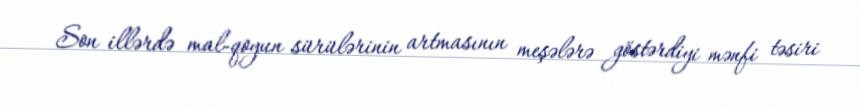
Son illərdə mal-qoyun sürülərinin artmasının meşələrə göstərdiyi mənfi təsiri